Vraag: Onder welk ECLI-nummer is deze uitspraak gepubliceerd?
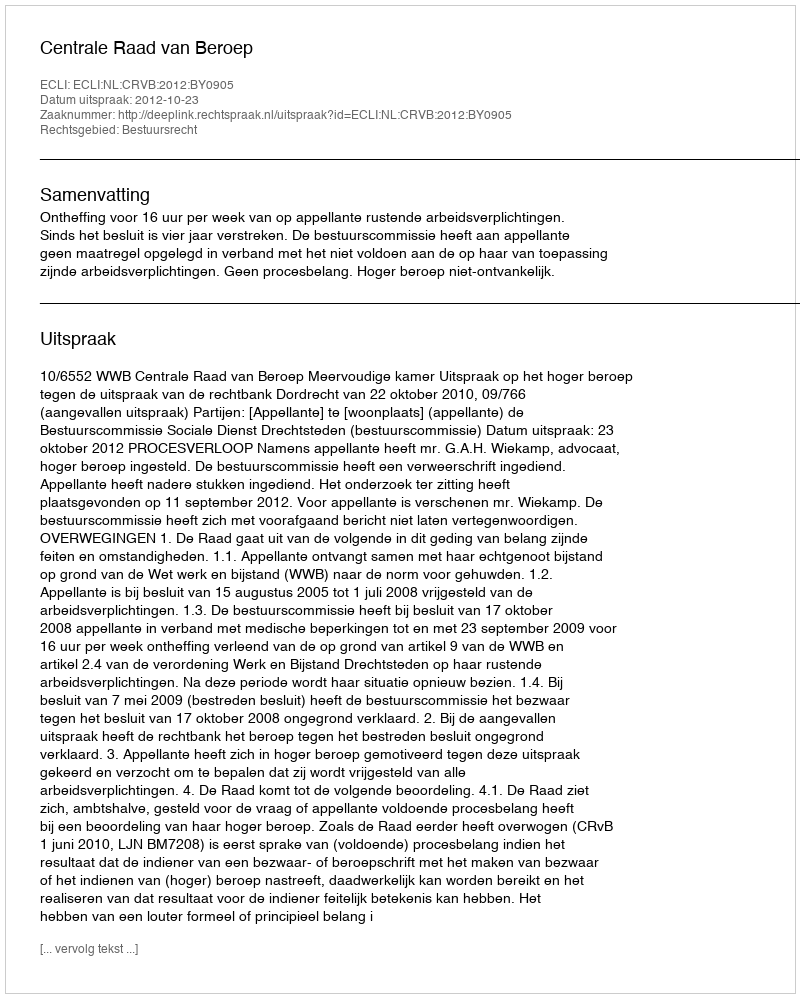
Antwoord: ECLI:NL:CRVB:2012:BY0905